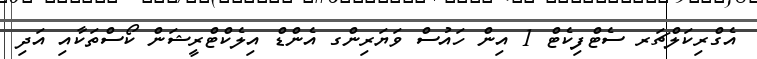
އެގްރިކަލްޗަރ ސެޓްފިކެޓް 1 އިން ހައުސް ވަޔަރިންގ އެންޑް އިލެކްޓްރީޝަން ކޯސްތަކާއި އަދި